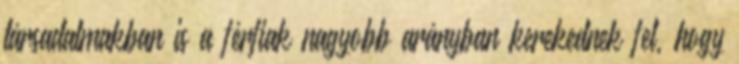
társadalmakban is a férﬁak nagyobb arányban kerekednek fel, hogy